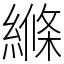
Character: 縧